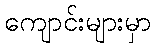
ကျောင်းများမှာ